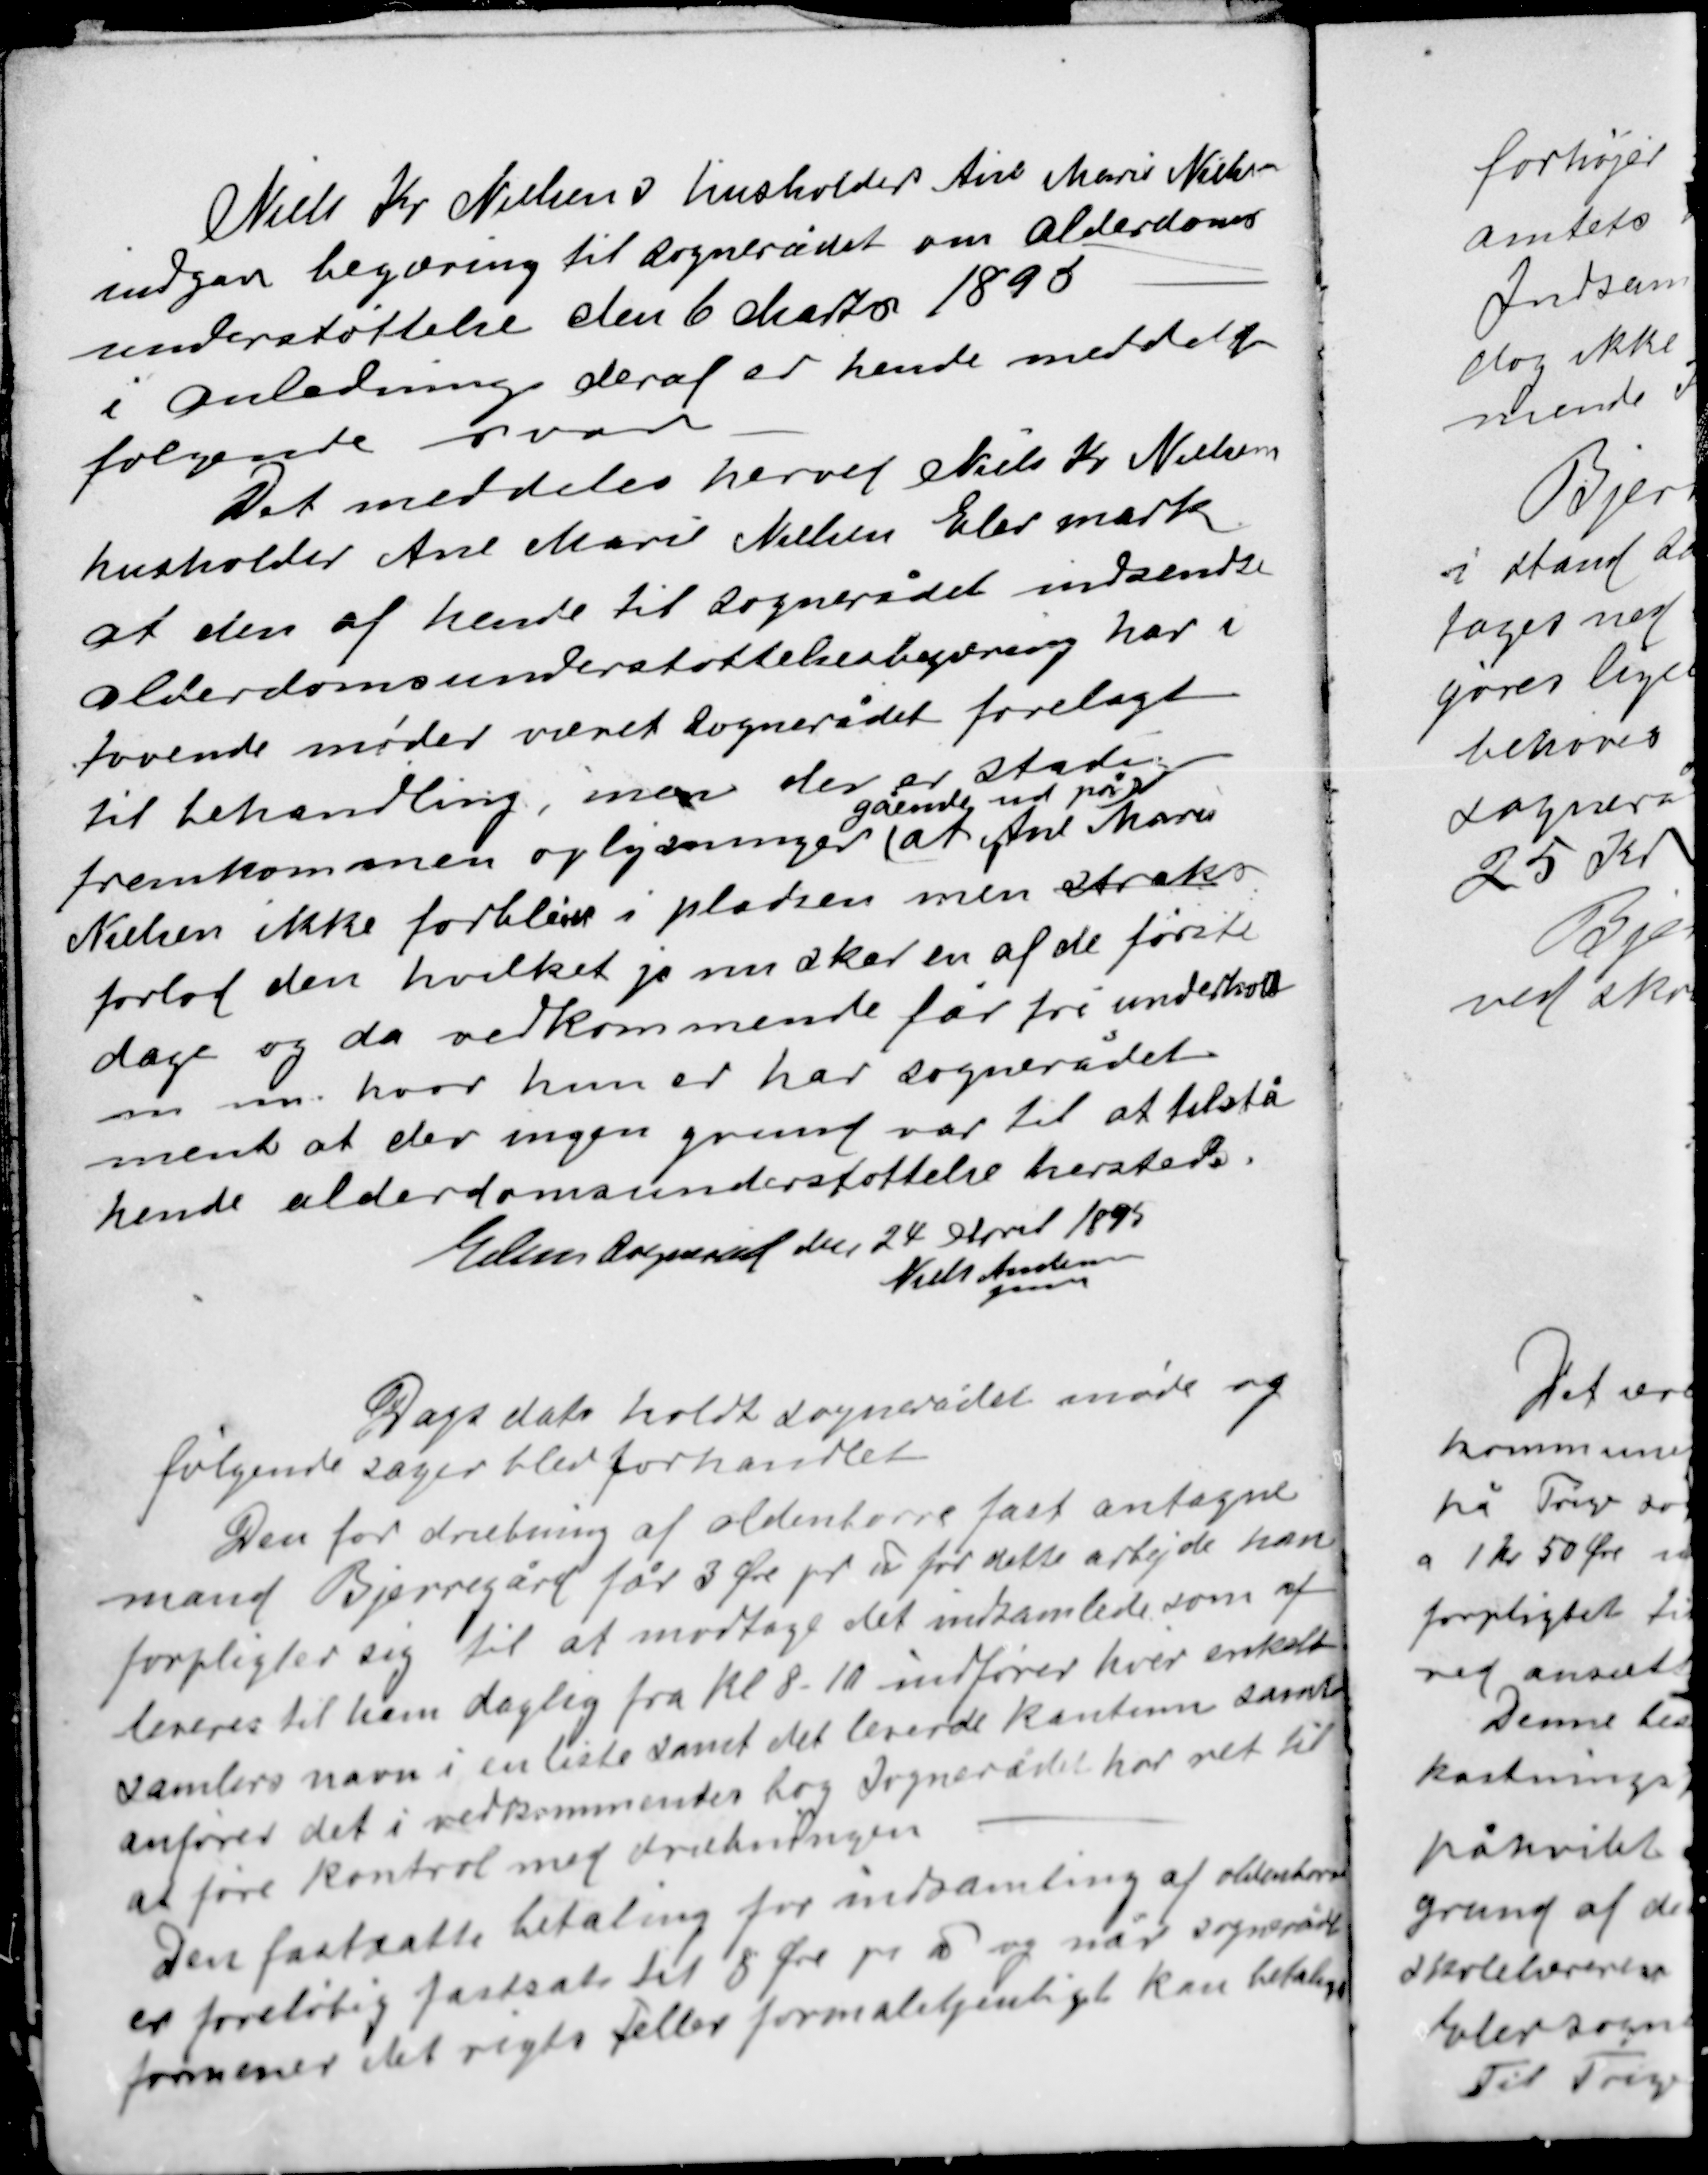
Transskription:
Niels Kr Nielsen s husholder Ane Marie Nielsen
indgav begæring til sognerådet om alderdoms-
understøttelse den 6 Marts 1895
i anledning deraf er hende meddelt
følgende svar

Det meddeles herved Niels Kr Nielsens
husholder Ane Marie Nielsen Elev mark
at den af hende til sognerådet indsendte
alderdomsunderstøttelsesbegæring har i
tovende møder været sognerådet forelagt
til behandling, men der er stadig
gående ud på
fremkommen oplysninger at Ane Marie
Nielsen ikke forbliver i pladsen men straks
forlod den hvilket jo nu sker en af de første
dage og da vedkommende får fri underhold
m m hvor hun er har sognerådet
ment at der ingen grund var til at tilstå
hende alderdomsunderstøttelse hersteds.

Elev sogneråd den 24 April 1895
Niels Andersen
fmd

Dags dato holdt sognerådet møde og
følgende sager blev forhandlet
Den for dræbning af oldenborre fast antagne
mand Bjerregård får 3 Øre pr ℔ for dette arbejde han
forpligter sig til at modtage det indsamlede som af-
leveres til ham daglig fra kl. 8-10 indfører hver enkelt
samlers navn i en liste samt det leverede kantum samt
anfører det i vedkommendes bog sognerådet har ret til
at føre kontrol med dræbningen
Den fastsatte betaling for indsamling af oldenborrer
er foreløbig fastsat til 8 Øre pr ℔ og når sognerådet
formener det rigts eller formålstjenstligt kan betaling